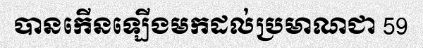
បានកើនឡើងមកដល់ប្រមាណជា 59